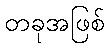
တခုအဖြစ်